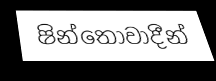
ෂින්තෝවාදීන්